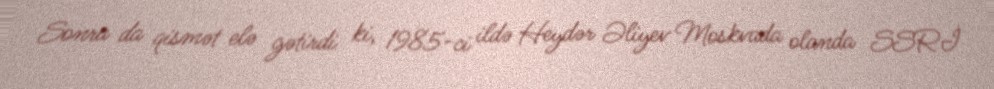
Sonra da qismət elə gətirdi ki, 1985-ci ildə Heydər Əliyev Moskvada olanda SSRİ